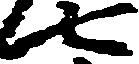
七